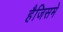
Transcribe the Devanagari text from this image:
हैजिसमे